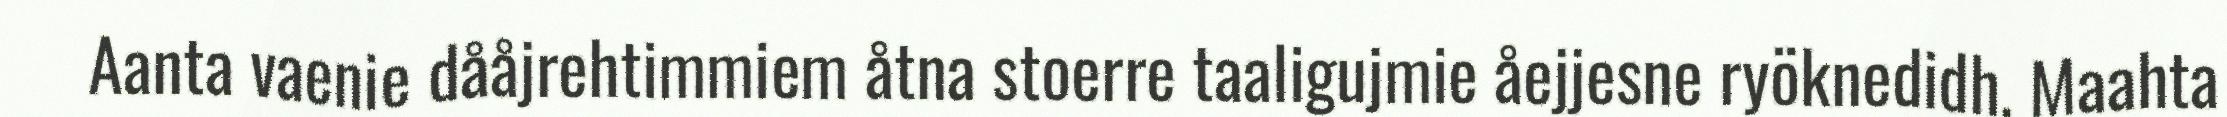
Aanta vaenie dååjrehtimmiem åtna stoerre taaligujmie åejjesne ryöknedidh. Maahta